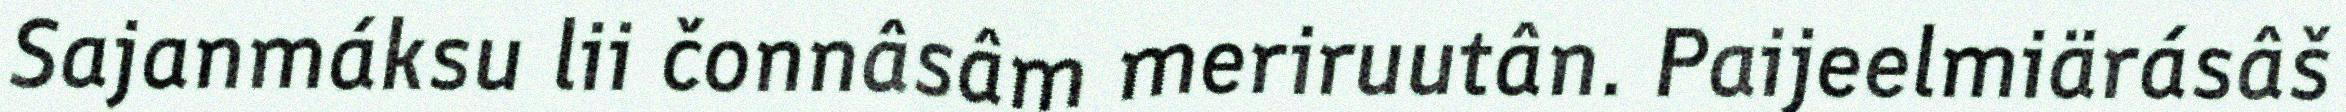
Sajanmáksu lii čonnâsâm meriruutân. Paijeelmiärásâš